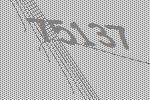
75137